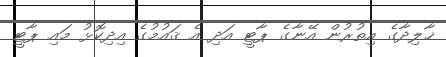
ޚާލިދާގެ އިތުރުން އޭނާގެ ޕާޓީ އަދި އެ ޤައުމުގެ އިދިކޮޅު މައި ޕާޓީ